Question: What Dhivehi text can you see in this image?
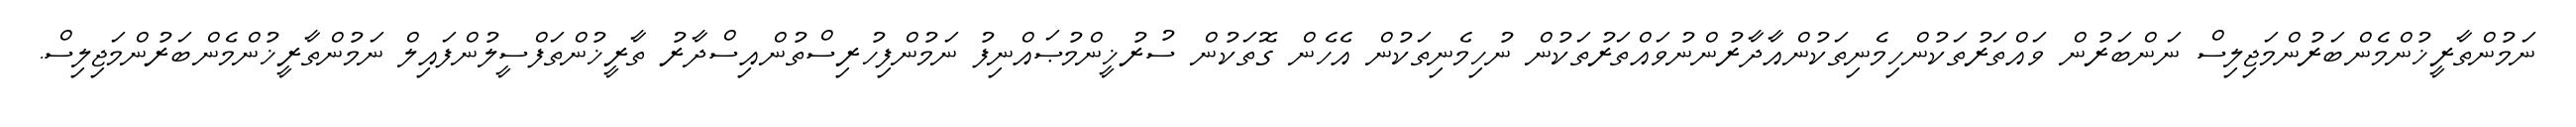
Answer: ނަމުންތާރީޚުންމެންބަރުންމަޖިލިސް ނަންބަރުން ވައްތަރުތަކުންހިމެނިތަކުންއާދާރުންނުވައްތަރުތަކުން ނުހިމެނިތަކުން އެހެން ގޮތަކުން ސުރުޚީންމުޞައްނިފު ނަމުންފިހުރިސްތުންއިސްދާރު ތާރީޚުންތަފްސީލުންފައިލް ނަމުންތާރީޚުންމެންބަރުންމަޖިލިސް.